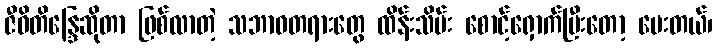
ဇီဝိတိန္ဒြေဆိုတာ ဖြစ်လာတဲ့ သဘာဝတရားတွေ ထိန်းသိမ်း စောင့်ရှောက်ပြီးတော့ ပေးတယ်၊